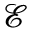
\mathcal { E }